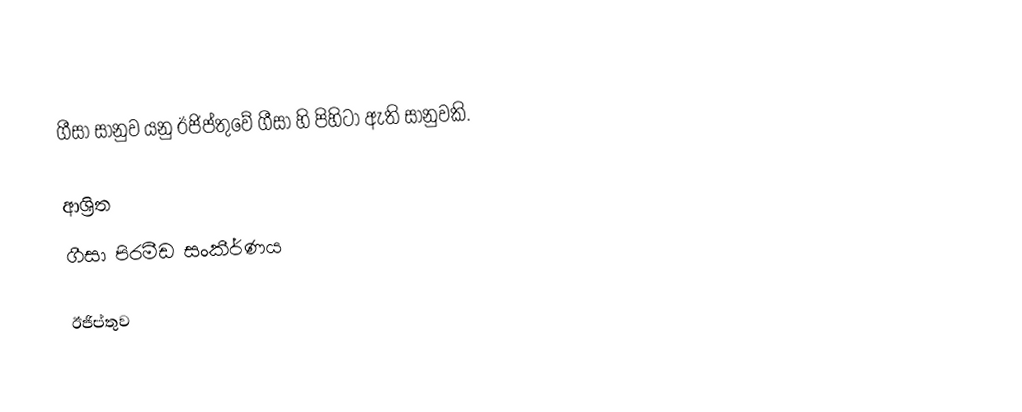
ගීසා සානුව යනු ඊජිප්තුවේ ගීසා හි පිහිටා ඇති සානුවකි.

ආශ්‍රිත
 ගීසා පිරමීඩ සංකීර්ණය

ඊජිප්තුව